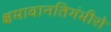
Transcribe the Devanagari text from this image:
क्षमावानतिगंभीरो